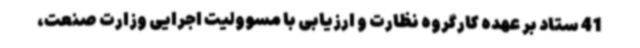
41 ستاد بر عهده کارگروه نظارت و ارزیابی با مسوولیت اجرایی وزارت صنعت،